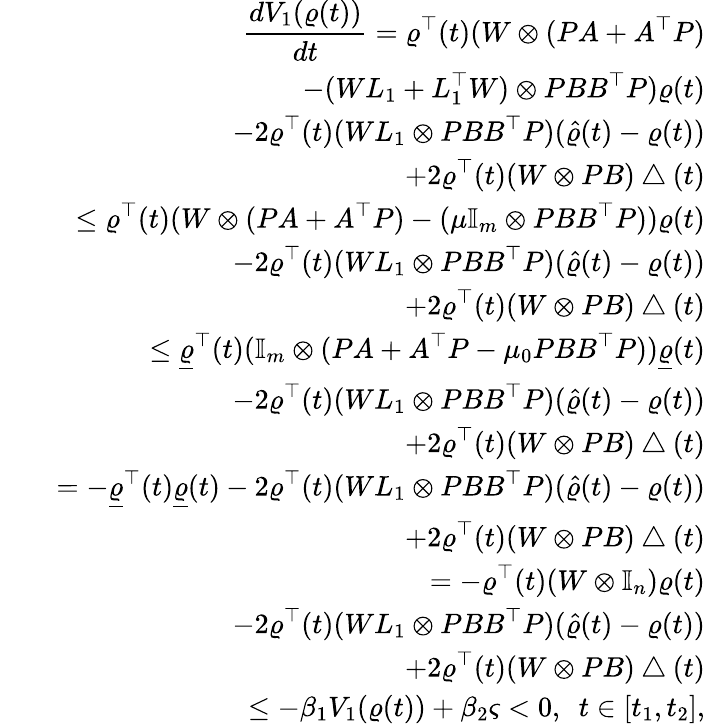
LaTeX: \begin{array}{rlr}&{}&{\displaystyle\frac{dV_{1}(\varrho(t))}{dt}=\varrho^{\top}(t)(W\otimes(PA+A^{\top}P)}\\ &{}&{\displaystyle-(WL_{1}+L_{1}^{\top}W)\otimes PBB^{\top}P)\varrho(t)}\\ &{}&{\displaystyle-2\varrho^{\top}(t)(WL_{1}\otimes PBB^{\top}P)(\hat{\varrho}(t)-\varrho(t))}\\ &{}&{\displaystyle+2\varrho^{\top}(t)(W\otimes PB)\bigtriangleup(t)}\\ &{}&{\displaystyle\leq\varrho^{\top}(t)(W\otimes(PA+A^{\top}P)-(\mu\mathbb{I}_{m}\otimes PBB^{\top}P))\varrho(t)}\\ &{}&{\displaystyle-2\varrho^{\top}(t)(WL_{1}\otimes PBB^{\top}P)(\hat{\varrho}(t)-\varrho(t))}\\ &{}&{\displaystyle+2\varrho^{\top}(t)(W\otimes PB)\bigtriangleup(t)}\\ &{}&{\displaystyle\leq\underline{{\varrho}}^{\top}(t)(\mathbb{I}_{m}\otimes(PA+A^{\top}P-\mu_{0}PBB^{\top}P))\underline{{\varrho}}(t)}\\ &{}&{\displaystyle-2\varrho^{\top}(t)(WL_{1}\otimes PBB^{\top}P)(\hat{\varrho}(t)-\varrho(t))}\\ &{}&{\displaystyle+2\varrho^{\top}(t)(W\otimes PB)\bigtriangleup(t)}\\ &{}&{\displaystyle=-\underline{{\varrho}}^{\top}(t)\underline{{\varrho}}(t)-2\varrho^{\top}(t)(WL_{1}\otimes PBB^{\top}P)(\hat{\varrho}(t)-\varrho(t))}\\ &{}&{\displaystyle+2\varrho^{\top}(t)(W\otimes PB)\bigtriangleup(t)}\\ &{}&{\displaystyle=-\varrho^{\top}(t)(W\otimes\mathbb{I}_{n})\varrho(t)}\\ &{}&{\displaystyle-2\varrho^{\top}(t)(WL_{1}\otimes PBB^{\top}P)(\hat{\varrho}(t)-\varrho(t))}\\ &{}&{\displaystyle+2\varrho^{\top}(t)(W\otimes PB)\bigtriangleup(t)}\\ &{}&{\displaystyle\leq-\beta_{1}V_{1}(\varrho(t))+\beta_{2}\varsigma<0,~~t\in[t_{1},t_{2}],}\end{array}